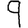
Digit: 9